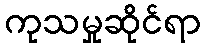
ကုသမှုဆိုင်ရာ